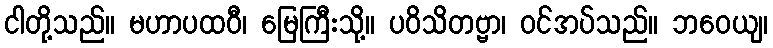
ငါတို့သည်။ မဟာပထဝီ၊ မြေကြီးသို့။ ပဝိသိတဗ္ဗာ၊ ဝင်အပ်သည်။ ဘဝေယျ၊